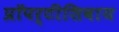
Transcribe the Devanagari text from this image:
प्रॉपर्टीशिवाय